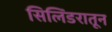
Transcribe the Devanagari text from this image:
सिलिंडरातून